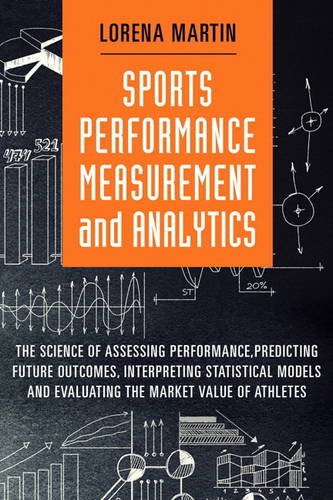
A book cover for Sports Performance Measurement and Analytics (FT Press Analytics); Lorena Martin; Computers & Technology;